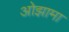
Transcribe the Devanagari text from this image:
ओझामा